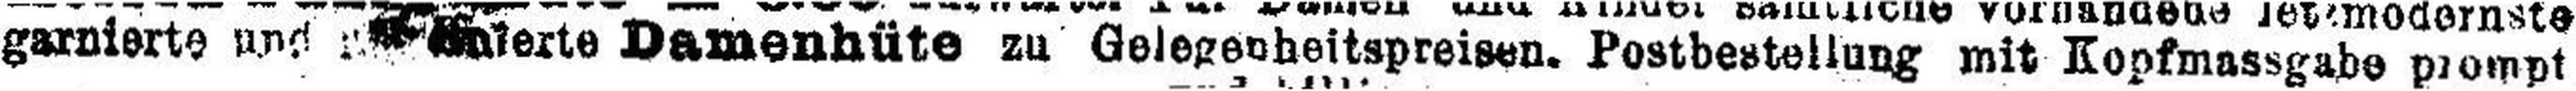
garnierte und ###lerte Damenhüte zu Gelegenheitspreisen. Postbestellung mit Kopfmassgabe prompt